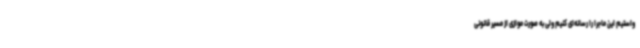
واستیم این ماجرا را رسانه‌ای کنیم‌ ولی به صورت موازی از مسیر قانونی